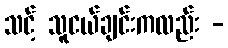
သင့် သူငယ်ချင်းကလည်း -